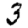
Digit: 3